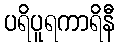
ပရိပူရကာရိနီ